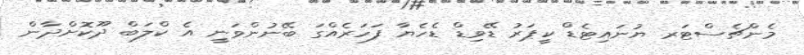
މެންޗެސްޓަރ ޔުނައިޓެޑް ކީޕަރު ޑޭވިޑް ޑެހެޔާ ފަހަރެއްގަ ބޭނުންވަނީ އެ ކްލަބް ދޫކޮށްދާން